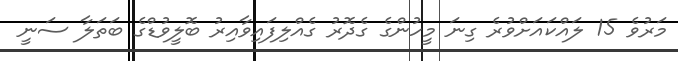
މަރުވެ 15 ލައްކައަށްވުރެ ގިނަ މީހުންގެ ގެދޮރު ގެއްލިފައިވާއިރު ބޮލީވުޑްގެ ބަތަލާ ސަނީ